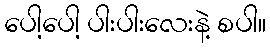
ပေါ့ပေါ့ ပါးပါးလေးနဲ့ စပါ။